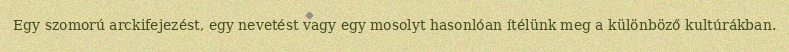
Egy szomorú arckifejezést, egy nevetést vagy egy mosolyt hasonlóan ítélünk meg a különböző kultúrákban.